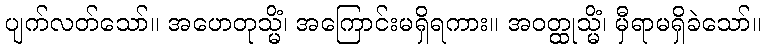
ပျက်လတ်သော်။ အဟေတုသ္မိံ၊ အကြောင်းမရှိရကား။ အဝတ္ထုသ္မိံ၊ မှီရာမရှိခဲသော်။